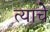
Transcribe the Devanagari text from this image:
त्याचेे